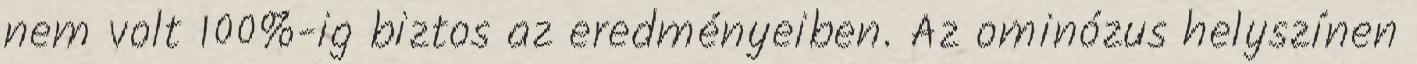
nem volt 100%-ig biztos az eredményeiben. Az ominózus helyszínen